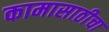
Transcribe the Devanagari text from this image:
कामासाठीचा